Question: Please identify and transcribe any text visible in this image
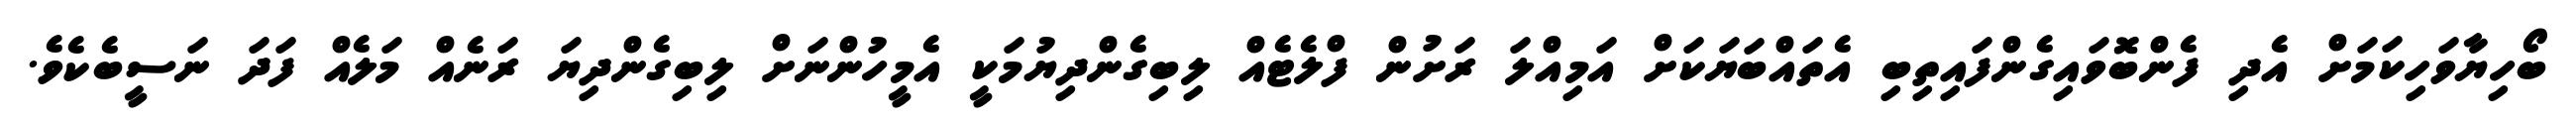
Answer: ބޯހިޔާވަހިކަމަށް އެދި ފެންބޮވައިގެންފައިތިބި އެތައްބަޔަކަށް އަމިއްލަ ރަށުން ފްލެޓެއް ލިބިގެންދިޔުމަކީ އެމީހުންނަށް ލިބިގެންދިޔަ ރަނެއް މަލެއް ފަދަ ނަސީބެކެވެ.